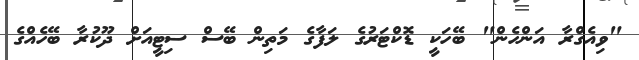
"ވިއެގްރާ އަންހެން" ބޭހަކީ ޑޮކްޓަރުގެ ލަފާގެ މަތިން ބޭސް ސިޓީއަށް ދޫކުރާ ބޭހެއްގެ